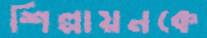
শিল্পায়নকে